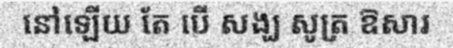
នៅឡើយ តែ បើ សង្ឃ សូត្រ ឱសារ